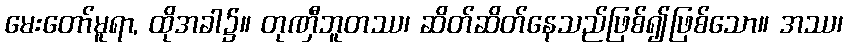
မေးတော်မူရာ, ထိုအခါ၌။ တုဏှီဘူတဿ၊ ဆိတ်ဆိတ်နေသည်ဖြစ်၍ဖြစ်သော။ အဿ၊